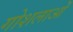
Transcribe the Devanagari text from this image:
गोशलाओं